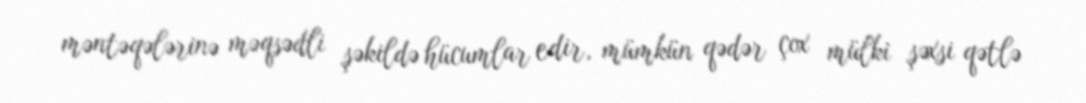
məntəqələrinə məqsədli şəkildə hücumlar edir, mümkün qədər çox mülki şəxsi qətlə